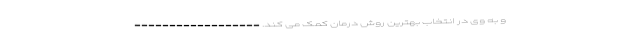
و به وی در انتخاب بهترین روش درمان کمک می کند. ------------------